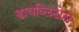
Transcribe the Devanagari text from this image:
डायब्लिटोस